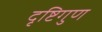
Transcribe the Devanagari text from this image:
दृष्टिगुण